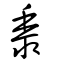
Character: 黍